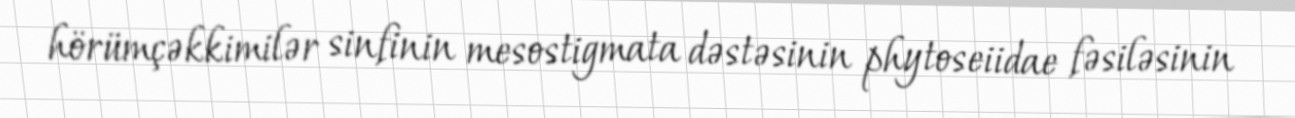
hörümçəkkimilər sinfinin mesostigmata dəstəsinin phytoseiidae fəsiləsinin